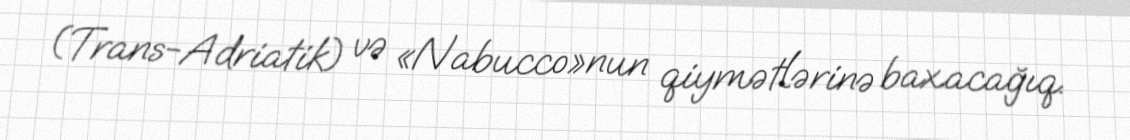
(Trans-Adriatik) və «Nabucco»nun qiymətlərinə baxacağıq.